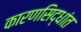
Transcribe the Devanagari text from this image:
कारणसिद्धांत